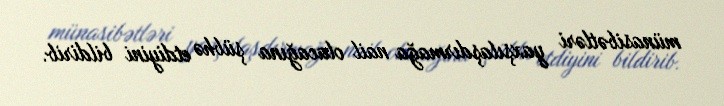
münasibətləri yaxşılaşdırmağa nail olacağına şübhə etdiyini bildirib.